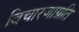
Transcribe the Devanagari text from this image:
विचारजाग्रति